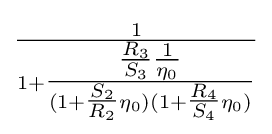
{\tfrac {1}{1+{\tfrac {{\tfrac {R_{3}}{S_{3}}}{\tfrac {1}{\eta _{0}}}}{(1+{\tfrac {S_{2}}{R_{2}}}\eta _{0})(1+{\tfrac {R_{4}}{S_{4}}}\eta _{0})}}}}